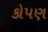
કોપણ